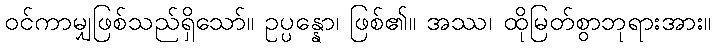
ဝင်ကာမျှဖြစ်သည်ရှိသော်။ ဥပ္ပန္နော၊ ဖြစ်၏။ အဿ၊ ထိုမြတ်စွာဘုရားအား။